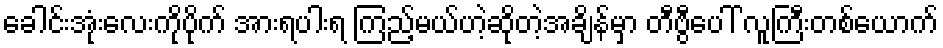
ခေါင်းအုံးလေးကိုပိုက် အားရပါးရ ကြည့်မယ်ဟဲ့ဆိုတဲ့အချိန်မှာ တီဗွီပေါ် လူကြီးတစ်ယောက်